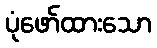
ပုံဖော်ထားသော